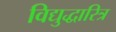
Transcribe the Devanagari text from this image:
विद्युद्धारित्र